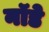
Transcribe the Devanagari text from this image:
नॉडे